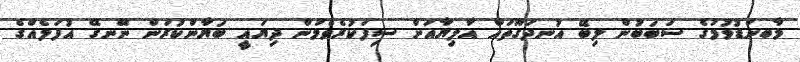
މާބނަޑުވުމުގެ ސަބަބުން ލިބޭ އުނދަގޫތައް އާލިޔާއަށް ސިފަކުރެވެމުން ދިޔައީ ބަޔާންކުރަން ނޭނގޭ އުފަލެއްގެ